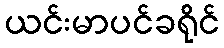
ယင်းမာပင်ခရိုင်